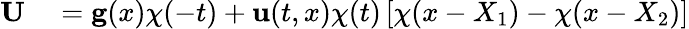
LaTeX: \begin{array}{rl}{{\mathbf U}}&{{}={\mathbf g}({x})\chi(-t)+{\mathbf u}(t,{x})\chi(t)\left[\chi(x-X_{1})-\chi(x-X_{2})\right]}\end{array}